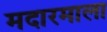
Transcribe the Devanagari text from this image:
मदारमाला